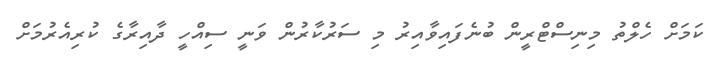
ކަމަށް ހެލްތު މިނިސްޓްރީން ބުނެފައިވާއިރު މި ސަރުކާރުން ވަނީ ސިއްހީ ދާއިރާގެ ކުރިއެރުމަށް